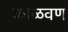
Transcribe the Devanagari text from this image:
काळवण